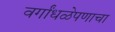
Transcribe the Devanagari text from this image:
वर्गांधळेपणाचा